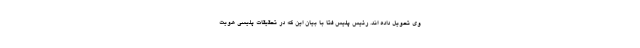
وی تحویل داده اند. رئیس پلیس فتا با بیان این که در تحقیقات پلیسی هویت